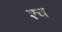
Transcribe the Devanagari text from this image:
श्‍च